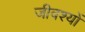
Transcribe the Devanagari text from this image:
जीवश्यों